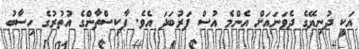
އަކީ ދުނިޔޭގެ ދެވަނައަށް އެންމެ އުސް ފަރުބަދަ އެވެ. ޕާކިސްތާންގެ އުތުރުގެ ހިސާބު